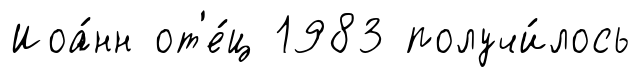
Иоа́нн от'е́ц 1983 получи́лось